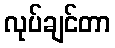
လုပ်ချင်တာ